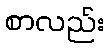
စာလည်း